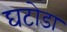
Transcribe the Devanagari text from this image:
घटोडा